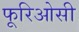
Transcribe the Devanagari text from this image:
फूरिओसी